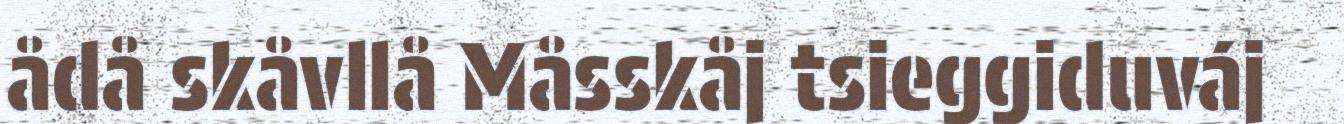
ådå skåvllå Måsskåj tsieggiduváj